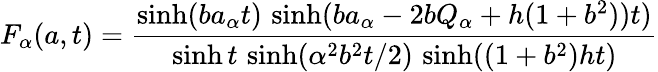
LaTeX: F_{\alpha}(a,t)=\frac{\sinh(ba_{\alpha}t)\, \sinh(ba_{\alpha}-2bQ_{\alpha}+h(1+b^{2}))t)}{\sinh t\, \sinh(\alpha^{2}b^{2}t/2)\, \sinh((1+b^{2})ht)}